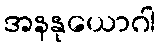
အနနုယောဂါ